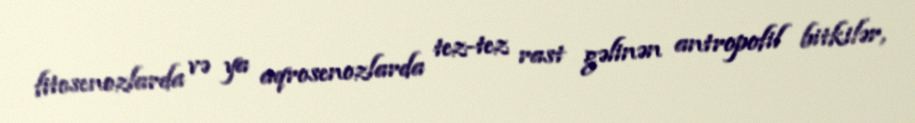
fitosenozlarda və ya aqrosenozlarda tez-tez rast gəlinən antropofil bitkilər,